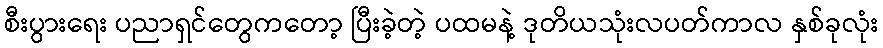
စီးပွားရေး ပညာရှင်တွေကတော့ ပြီးခဲ့တဲ့ ပထမနဲ့ ဒုတိယသုံးလပတ်ကာလ နှစ်ခုလုံး